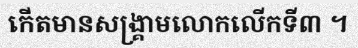
កើតមានសង្គ្រាមលោកលើកទី៣ ។